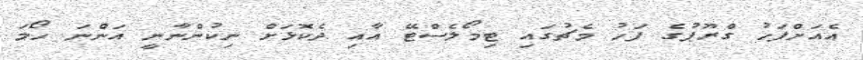
އެއަށްފަހު ގްރޫޕުގެ ފަހު މެޗުގައި ޓިމޯލެސްޓޭ އާއި ދެކޮޅަށް ނިކުންނާނީ އަންނަ ހޯމަ